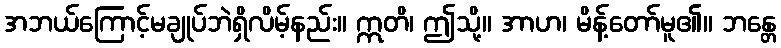
အဘယ်ကြောင့်မချုပ်ဘဲရှိလိမ့်နည်း။ ဣတိ၊ ဤသို့။ အာဟ၊ မိန့်တော်မူ၏။ ဘန္တေ